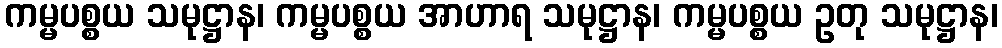
ကမ္မပစ္စယ သမုဋ္ဌာန၊ ကမ္မပစ္စယ အာဟာရ သမုဋ္ဌာန၊ ကမ္မပစ္စယ ဥတု သမုဋ္ဌာန၊